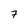
Character: 7